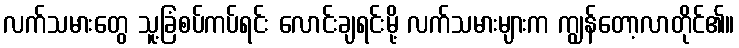
လက်သမားတွေ သူ့ခြံစပ်ကပ်ရင်း လောင်းချရင်းမို့ လက်သမားများက ကျွန်တော့လာတိုင်၏။